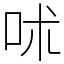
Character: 𠰲